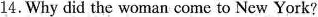
14.Why did the woman come to New York?